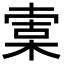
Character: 𣕣